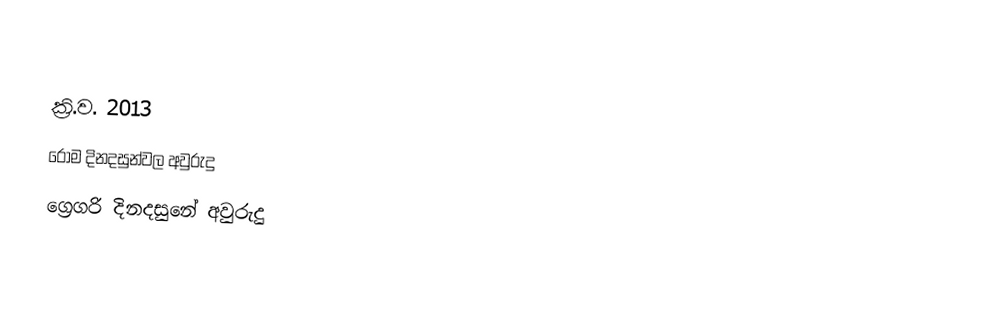

ක්‍රි.ව. 2013
රෝම දිනදසුන්වල අවුරුදු
ග්‍රෙගරි දිනදසුනේ අවුරුදු